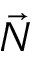
\vec { N }